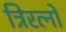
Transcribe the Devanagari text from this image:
त्रिरत्नों